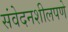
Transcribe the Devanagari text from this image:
संवेदनशीलपणे